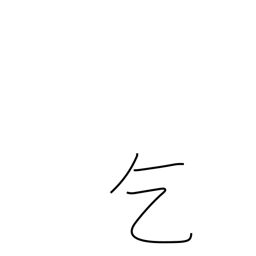
Meaning: ask